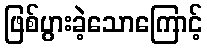
ဖြစ်ပွားခဲ့သောကြောင့်